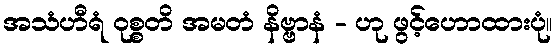
အသံဟီရံ ဝုစ္စတိ အမတံ နိဗ္ဗာနံ - ဟု ဖွင့်ဟောထားပုံ။